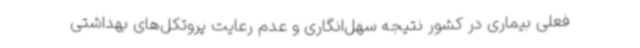
فعلی بیماری در کشور نتیجه سهل‌انگاری و عدم رعایت پروتکل‌های بهداشتی